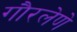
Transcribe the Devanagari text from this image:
गौरलेणे